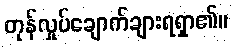
တုန်လှုပ်ချောက်ချားရရှာ၏။